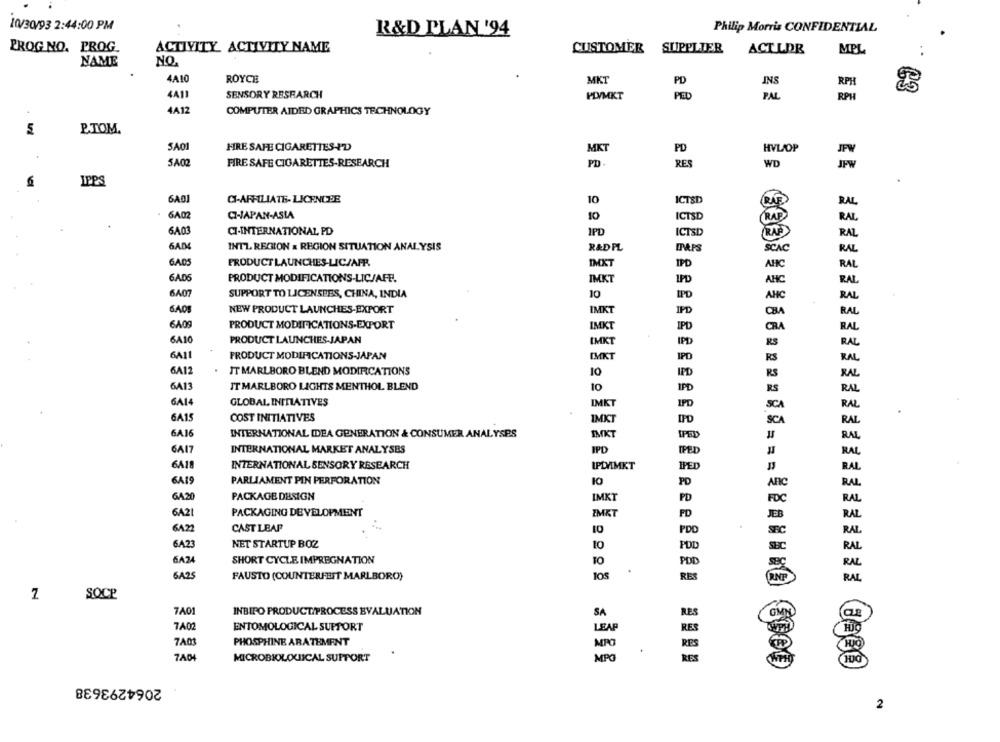
10/30/93 2:44:00 PM
Philip Morris CONFIDENTIAL
R&D PLAN '94
PROG NO. PROG.
ACTIVITY ACTIVITY NAME
CUSTOMER SUPPLIER
ACT LDR
MPL
NAME
NO.
4A10
ROYCE
MKT
PD
INS
RPH
4A11
SENSORY RESEARCH
PLVMKT
PED
PAL
RPH
4A12
COMPUTER AIDED GRAPHICS TECHNOLOGY
5
P.TOM.
SAOI
HRE SAFE CIGARETTES-I'D
MKT
HYL/OP
PD
5A02
FIRE SAFE CIGARETTES-RESEARCH
PD.
RES
WD
IPPS
6A01
CI-AFFILIATE- LICENCEE
10
ICTSD
RAL
6A02
Q-JAPAN-ASIA
10
ICTSD
RAL
CI-INTERNATIONAL PD
IFD
ICTSD
RAL
6AD4
INTL REGION & REGION SITUATION ANALYSIS
R&DPL
DAAPS
SCAC
6A05
PRODUCT LAUNCHES-LIC/AFP
IMXT
IPD
AHC
6A06
PRODUCT MODIFICATIONS-LIC/AFE.
IMKT
IPD
AHC
6A07
SUPPORT TO LICENSEES, CHINA, INDIA
10
AHC
GAO
NEW PRODUCT LAUNCHES-EXPORT
IMKT
IPD
6A09
PRODUCT MODIFICATIONS-EXPORT
IMKT
IPD
SA10
PRODUCT LAUNCHES-JAPAN
IMKT
IPD
GAIT
PRODUCT MODIFICATIONS-JAPAN
IMKT
IPD
SA12
IT MARLBORO BLEND MODIFICATIONS
IPD
IT MARLBORO LIGHTS MENTHOL BLEND
6413
IFD
GAI4
GLOBAL INITIATIVES
IMKT
IPD
6A15
COST INITIATIVES
IMKT
IPD
6A16
INTERNATIONAL IDEA GENERATION & CONSUMER ANALYSES
IMKT
6A17
INTERNATIONAL MARKET ANALYSES
IPD
IPED
6A18
INTERNATIONAL SENSORY RESEARCH
IPDNIMKT
IPED
6A19
PARLIAMENT PIN PERFORATION
10
PD
6A20
PACKAGE DESIGN
PD
IMKT
6A21
PACKAGING DEVELOPMENT
IMKT
FD
6A2
CAST LEAP
10
PDD
6A23
NET STARTUP BOZ
10
POD
6A24
SHORT CYCLE IMPREGNATION
10
PDD
RAL
.
6A25
FAUSTO (COUNTERFEIT MARLBORO)
los
RES
RAL
SOCP
7A01
INBIFO PRODUCT/PROCESS EVALUATION
SA
RES
7A03
ENTOMOLOGICAL SUPPORT
LEAP
7A03
PHOSPHINE ARATEMENT
MITO
7404
MICROBIOLOGICAL SUPPORT
MPO
RES
2064293638
2